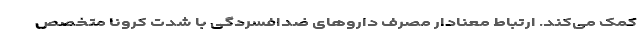
کمک می‌کند. ارتباط معنادار مصرف داروهای ضدافسردگی با شدت کرونا متخصص